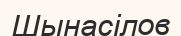
Шынасілов